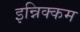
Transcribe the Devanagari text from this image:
इन्निक्कम